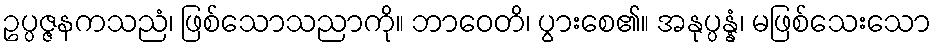
ဥပ္ပဇ္ဇနကသညံ၊ ဖြစ်သောသညာကို။ ဘာဝေတိ၊ ပွားစေ၏။ အနုပ္ပန္နံ၊ မဖြစ်သေးသော